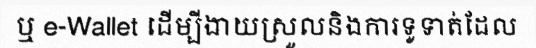
ឬ e-Wallet ដើម្បីងាយស្រួលនិងការទូទាត់ដែល